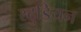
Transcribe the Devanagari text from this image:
स्टुडियन